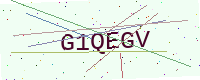
Text: G1QEGV